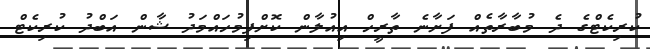
ކުރިކެޓްގެ ދެ މުބާރާތެއް ފަށާނެ ތާރީހް އިއުލާން ކޮށްފިމުހައްމަދު ޝާން އަބްދު ކުރިކެޓް